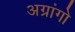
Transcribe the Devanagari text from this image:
अग्रांगो